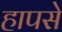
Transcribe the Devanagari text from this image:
हापसे